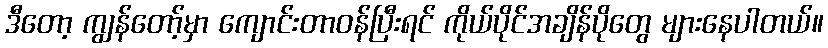
ဒီတော့ ကျွန်တော့်မှာ ကျောင်းတာဝန်ပြီးရင် ကိုယ်ပိုင်အချိန်ပိုတွေ များနေပါတယ်။